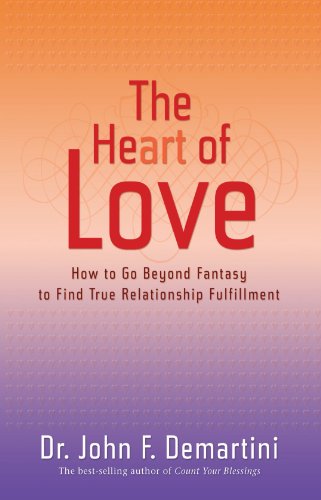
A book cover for The Heart of Love: How to Go Beyond Fantasy to Find True Relationship Fulfillment; John F. Demartini; Self-Help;